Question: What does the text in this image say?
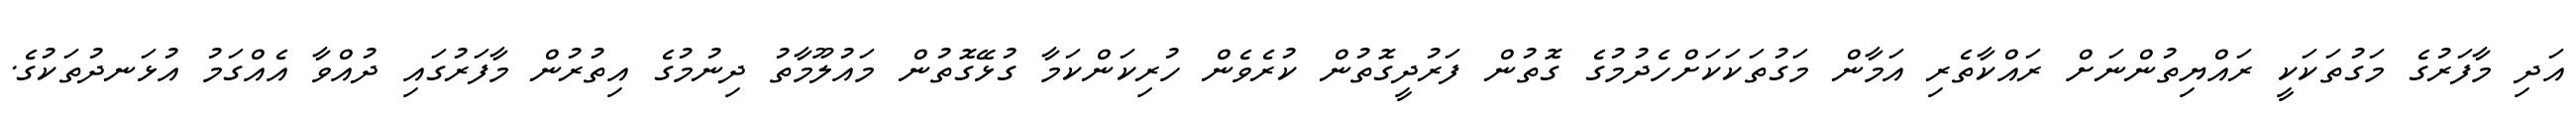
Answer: އަދި މާފަރުގެ މަގުތަކަކީ ރައްޔިތުންނަށް ރައްކާތެރި އަމާން މަގުތަކަކަށްހެދުމުގެ ގޮތުން ފަރުދީގޮތުން ކުރެވެން ހުރިކަންކަމާ ގުޅޭގޮތުން މައުލޫމާތު ދިނުމުގެ އިތުރުން މާފަރުގައި ދުއްވާ އެއްގަމު އުޅަނދުތަކުގެ.